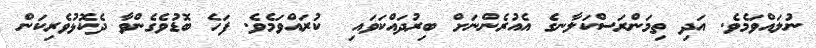
ނުލައްވަމެވެ. އަދި ތިމަންރަސްކަލާނގެ އެއުރެންނަށް ބިރުދައްކަވައި  ކުރައްވަމެވެ. ފަހެ ބޮޑުވެގެންވާ ދެކޮޅުވެރިކަން